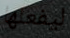
ليفعلها